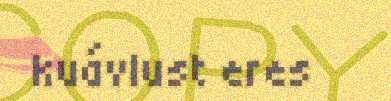
kuávlust eres